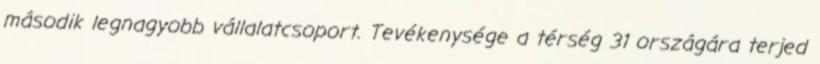
második legnagyobb vállalatcsoport. Tevékenysége a térség 31 országára terjed